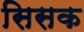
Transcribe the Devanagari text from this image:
सिसक